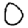
Digit: 0